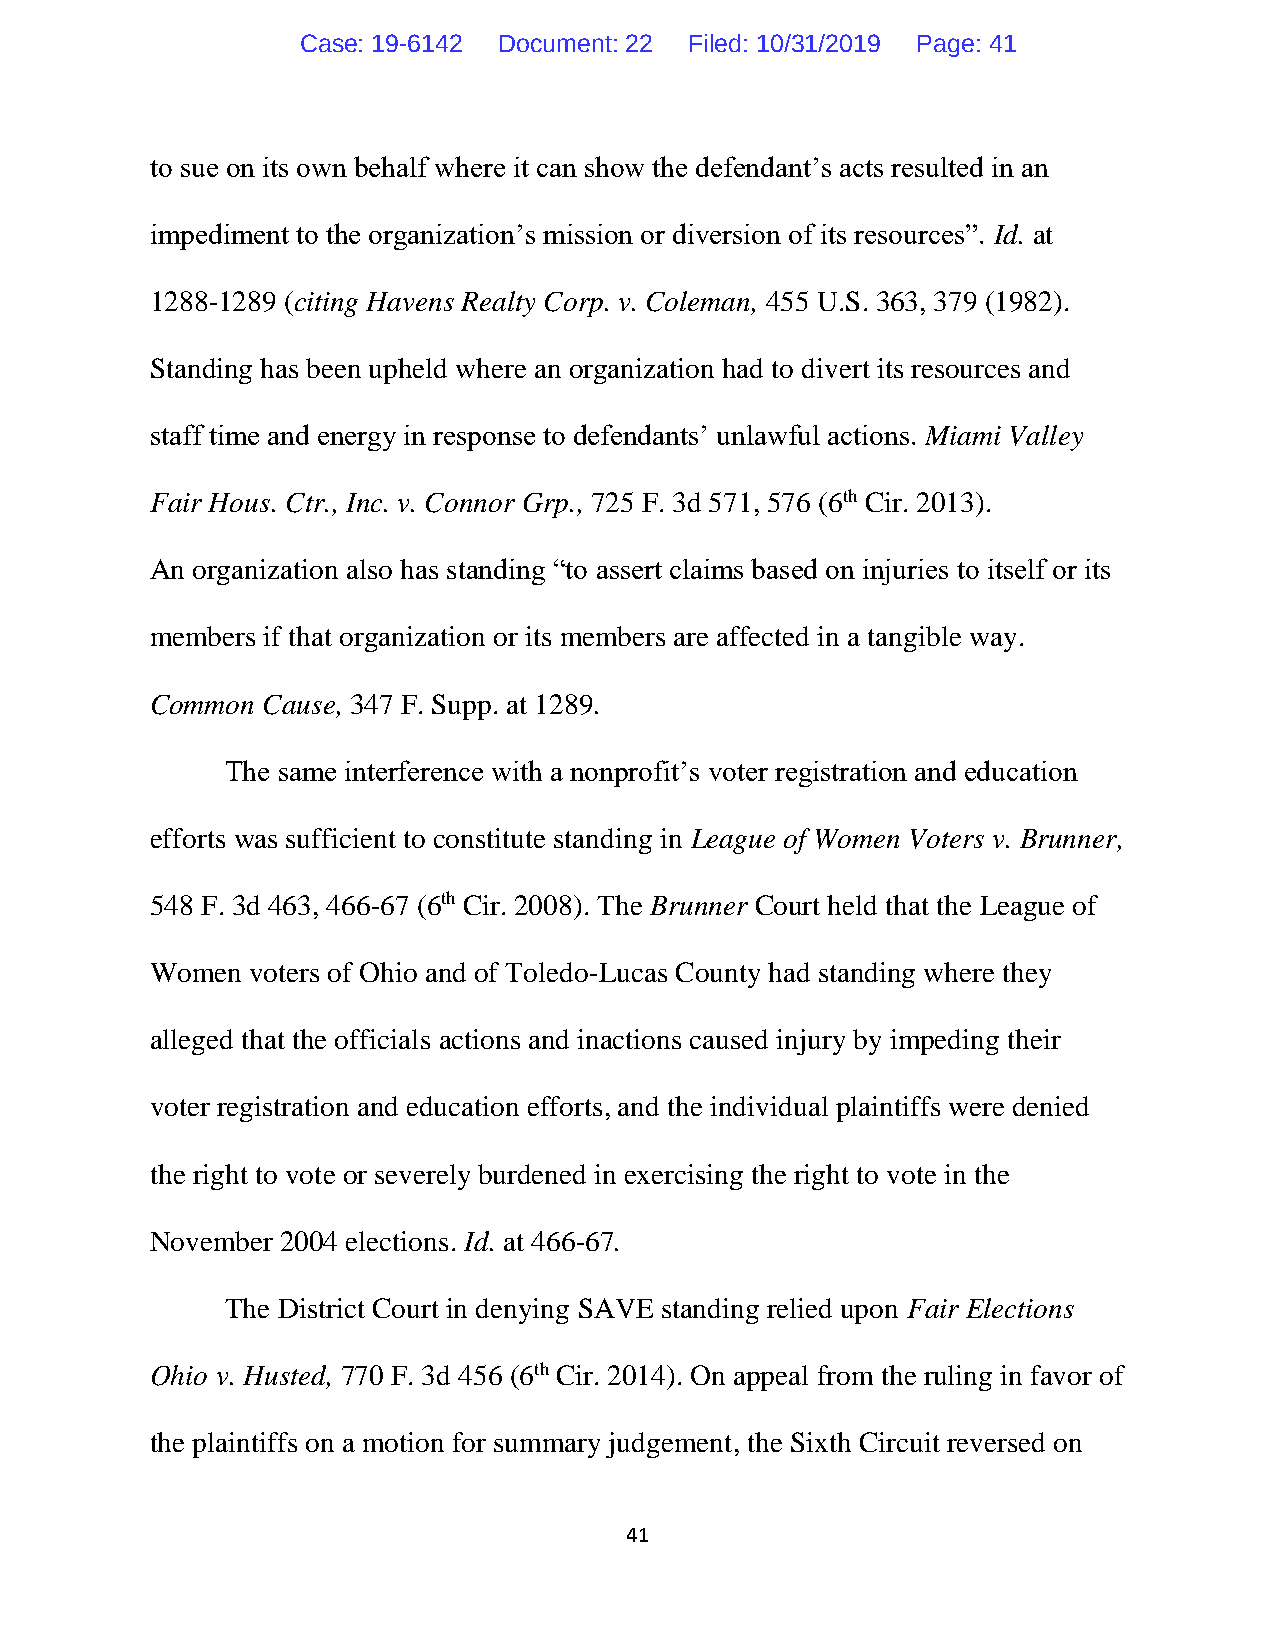
Case: 19-6142 Document: 22 Filed: 10/31/2019 Page: 41
 to sue on its own behalf where it can show the defendant’s acts resulted in an
 impediment to the organization’s mission or diversion of its resources”. Id. at
 1288-1289 (citing Havens Realty Corp. v. Coleman, 455 U.S. 363, 379 (1982).
 Standing has been upheld where an organization had to divert its resources and
 staff time and energy in response to defendants’ unlawful actions. Miami Valley
 Fair Hous. Ctr., Inc. v. Connor Grp., 725 F. 3d 571, 576 (6th Cir. 2013).
 An organization also has standing “to assert claims based on injuries to itself or its
 members if that organization or its members are affected in a tangible way.
 Common Cause, 347 F. Supp. at 1289.
 The same interference with a nonprofit’s voter registration and education
 efforts was sufficient to constitute standing in League of Women Voters v. Brunner,
 548 F. 3d 463, 466-67 (6th Cir. 2008). The Brunner Court held that the League of
 Women  voters of Ohio and of Toledo-Lucas County had standing where they
 alleged that the officials actions and inactions caused injury by impeding their
 voter registration and education efforts, and the individual plaintiffs were denied
 the right to vote or severely burdened in exercising the right to vote in the
 November 2004 elections. Id. at 466-67.
 The District Court in denying SAVE standing relied upon Fair Elections
 Ohio v. Husted, 770 F. 3d 456 (6th Cir. 2014). On appeal from the ruling in favor of
 the plaintiffs on a motion for summary judgement, the Sixth Circuit reversed on
 41